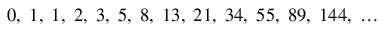
0 , \; 1 , \; 1 , \; 2 , \; 3 , \; 5 , \; 8 , \; 1 3 , \; 2 1 , \; 3 4 , \; 5 5 , \; 8 9 , \; 1 4 4 , \; \ldots